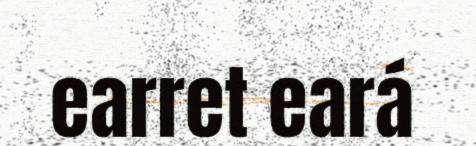
earret eará